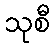
သုစီ